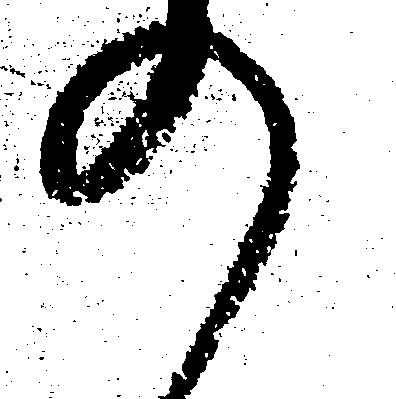
の